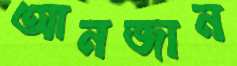
আনজান